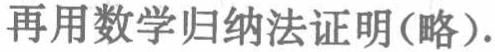
再用数学归纳法证明(略).